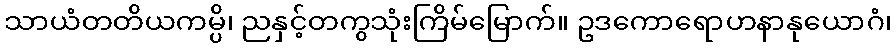
သာယံတတိယကမ္ပိ၊ ညနှင့်တကွသုံးကြိမ်မြောက်။ ဥဒကောရောဟနာနုယောဂံ၊